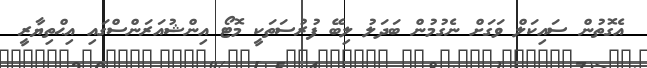
އެގޮތުން ސައިކަލް ވަގަށް ނެގުމުން ބަދަލު ލިބޭ ފުރުސަތަކީ މޮޓޯ އިންޝުއަރަންސްގައި އިޙްތިޔާރީ